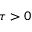
\tau > 0